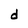
Character: d